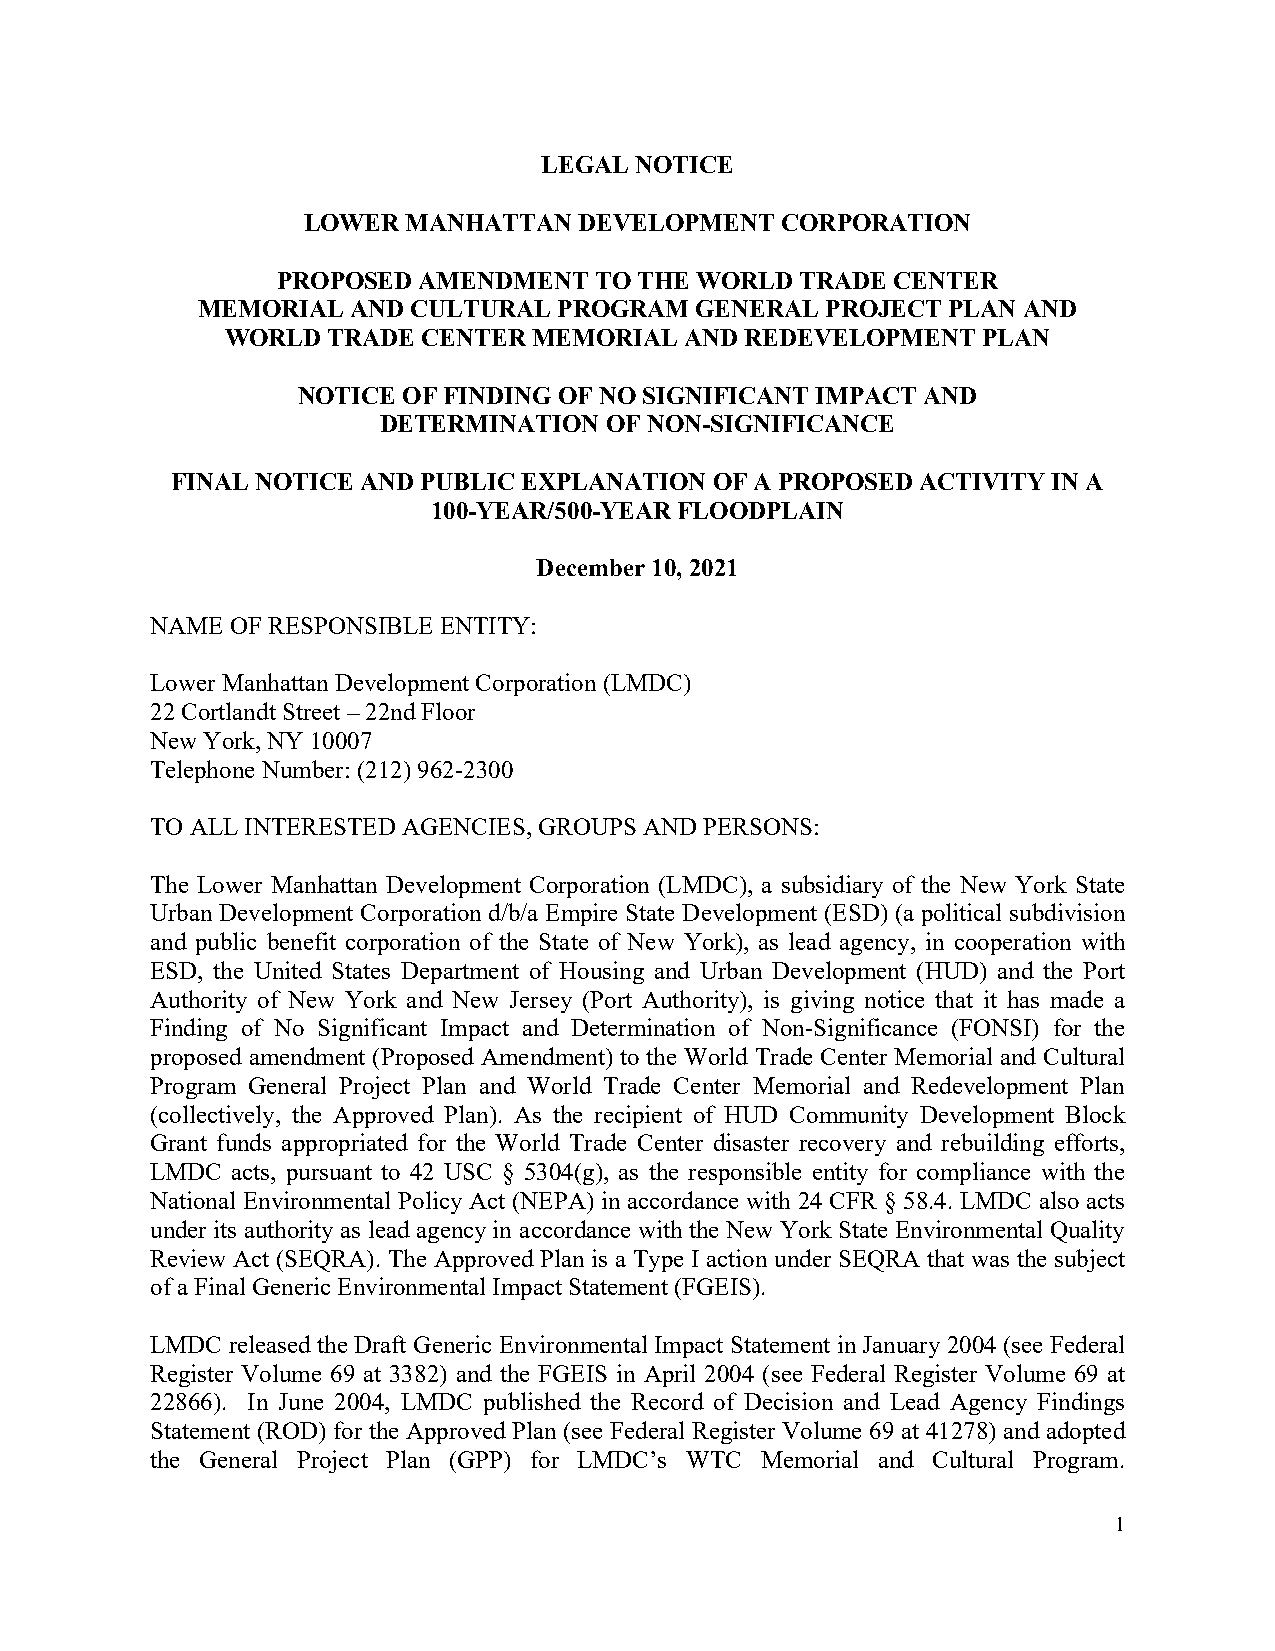
LEGAL NOTICE
 LOWER  MANHATTAN  DEVELOPMENT   CORPORATION
 PROPOSED  AMENDMENT  TO THE WORLD  TRADE CENTER
 MEMORIAL  AND CULTURAL  PROGRAM  GENERAL  PROJECT PLAN AND
 WORLD  TRADE CENTER MEMORIAL  AND REDEVELOPMENT   PLAN
 NOTICE OF FINDING OF NO SIGNIFICANT IMPACT AND
 DETERMINATION  OF NON-SIGNIFICANCE
 FINAL NOTICE AND PUBLIC EXPLANATION OF A PROPOSED ACTIVITY IN A
 100-YEAR/500-YEAR FLOODPLAIN
 December 10, 2021
 NAME OF RESPONSIBLE ENTITY:
 Lower Manhattan Development Corporation (LMDC)
 22 Cortlandt Street – 22nd Floor
 New York, NY 10007
 Telephone Number: (212) 962-2300
 TO ALL INTERESTED AGENCIES, GROUPS AND PERSONS:
 The Lower Manhattan Development Corporation (LMDC), a subsidiary of the New York State
 Urban Development Corporation d/b/a Empire State Development (ESD) (a political subdivision
 and public benefit corporation of the State of New York), as lead agency, in cooperation with
 ESD, the United States Department of Housing and Urban Development (HUD) and the Port
 Authority of New York and New Jersey (Port Authority), is giving notice that it has made a
 Finding of No Significant Impact and Determination of Non-Significance (FONSI) for the
 proposed amendment (Proposed Amendment) to the World Trade Center Memorial and Cultural
 Program General Project Plan and World Trade Center Memorial and Redevelopment Plan
 (collectively, the Approved Plan). As the recipient of HUD Community Development Block
 Grant funds appropriated for the World Trade Center disaster recovery and rebuilding efforts,
 LMDC acts, pursuant to 42 USC § 5304(g), as the responsible entity for compliance with the
 National Environmental Policy Act (NEPA) in accordance with 24 CFR § 58.4. LMDC also acts
 under its authority as lead agency in accordance with the New York State Environmental Quality
 Review Act (SEQRA). The Approved Plan is a Type I action under SEQRA that was the subject
 of a Final Generic Environmental Impact Statement (FGEIS).
 LMDC released the Draft Generic Environmental Impact Statement in January 2004 (see Federal
 Register Volume 69 at 3382) and the FGEIS in April 2004 (see Federal Register Volume 69 at
 22866). In June 2004, LMDC published the Record of Decision and Lead Agency Findings
 Statement (ROD) for the Approved Plan (see Federal Register Volume 69 at 41278) and adopted
 the General Project Plan (GPP) for LMDC’s WTC Memorial and Cultural Program.
 1